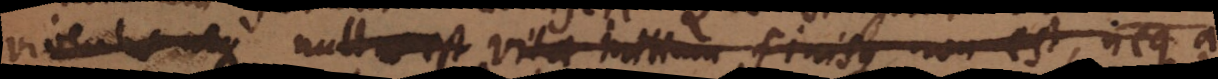
viventia neque nulla est vitae initium finisque non est, neq